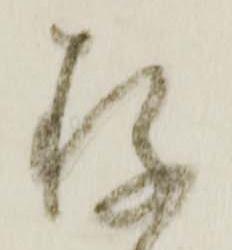
存